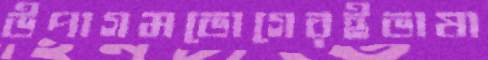
উপাগমভোগেরইভাষা